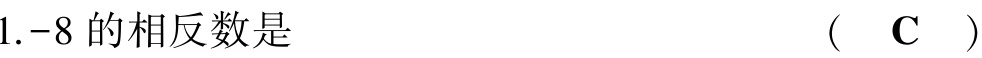
1. -8 的相反数是  （  C  ）